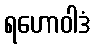
ရဟောဝါဒံ